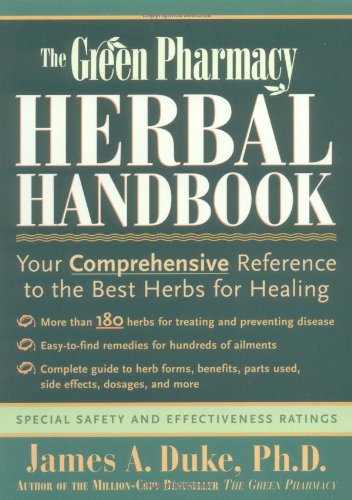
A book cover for The Green Pharmacy Herbal Handbook: Your Comprehensive Reference to the Best Herbs for Healing; James A. Duke; Health, Fitness & Dieting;